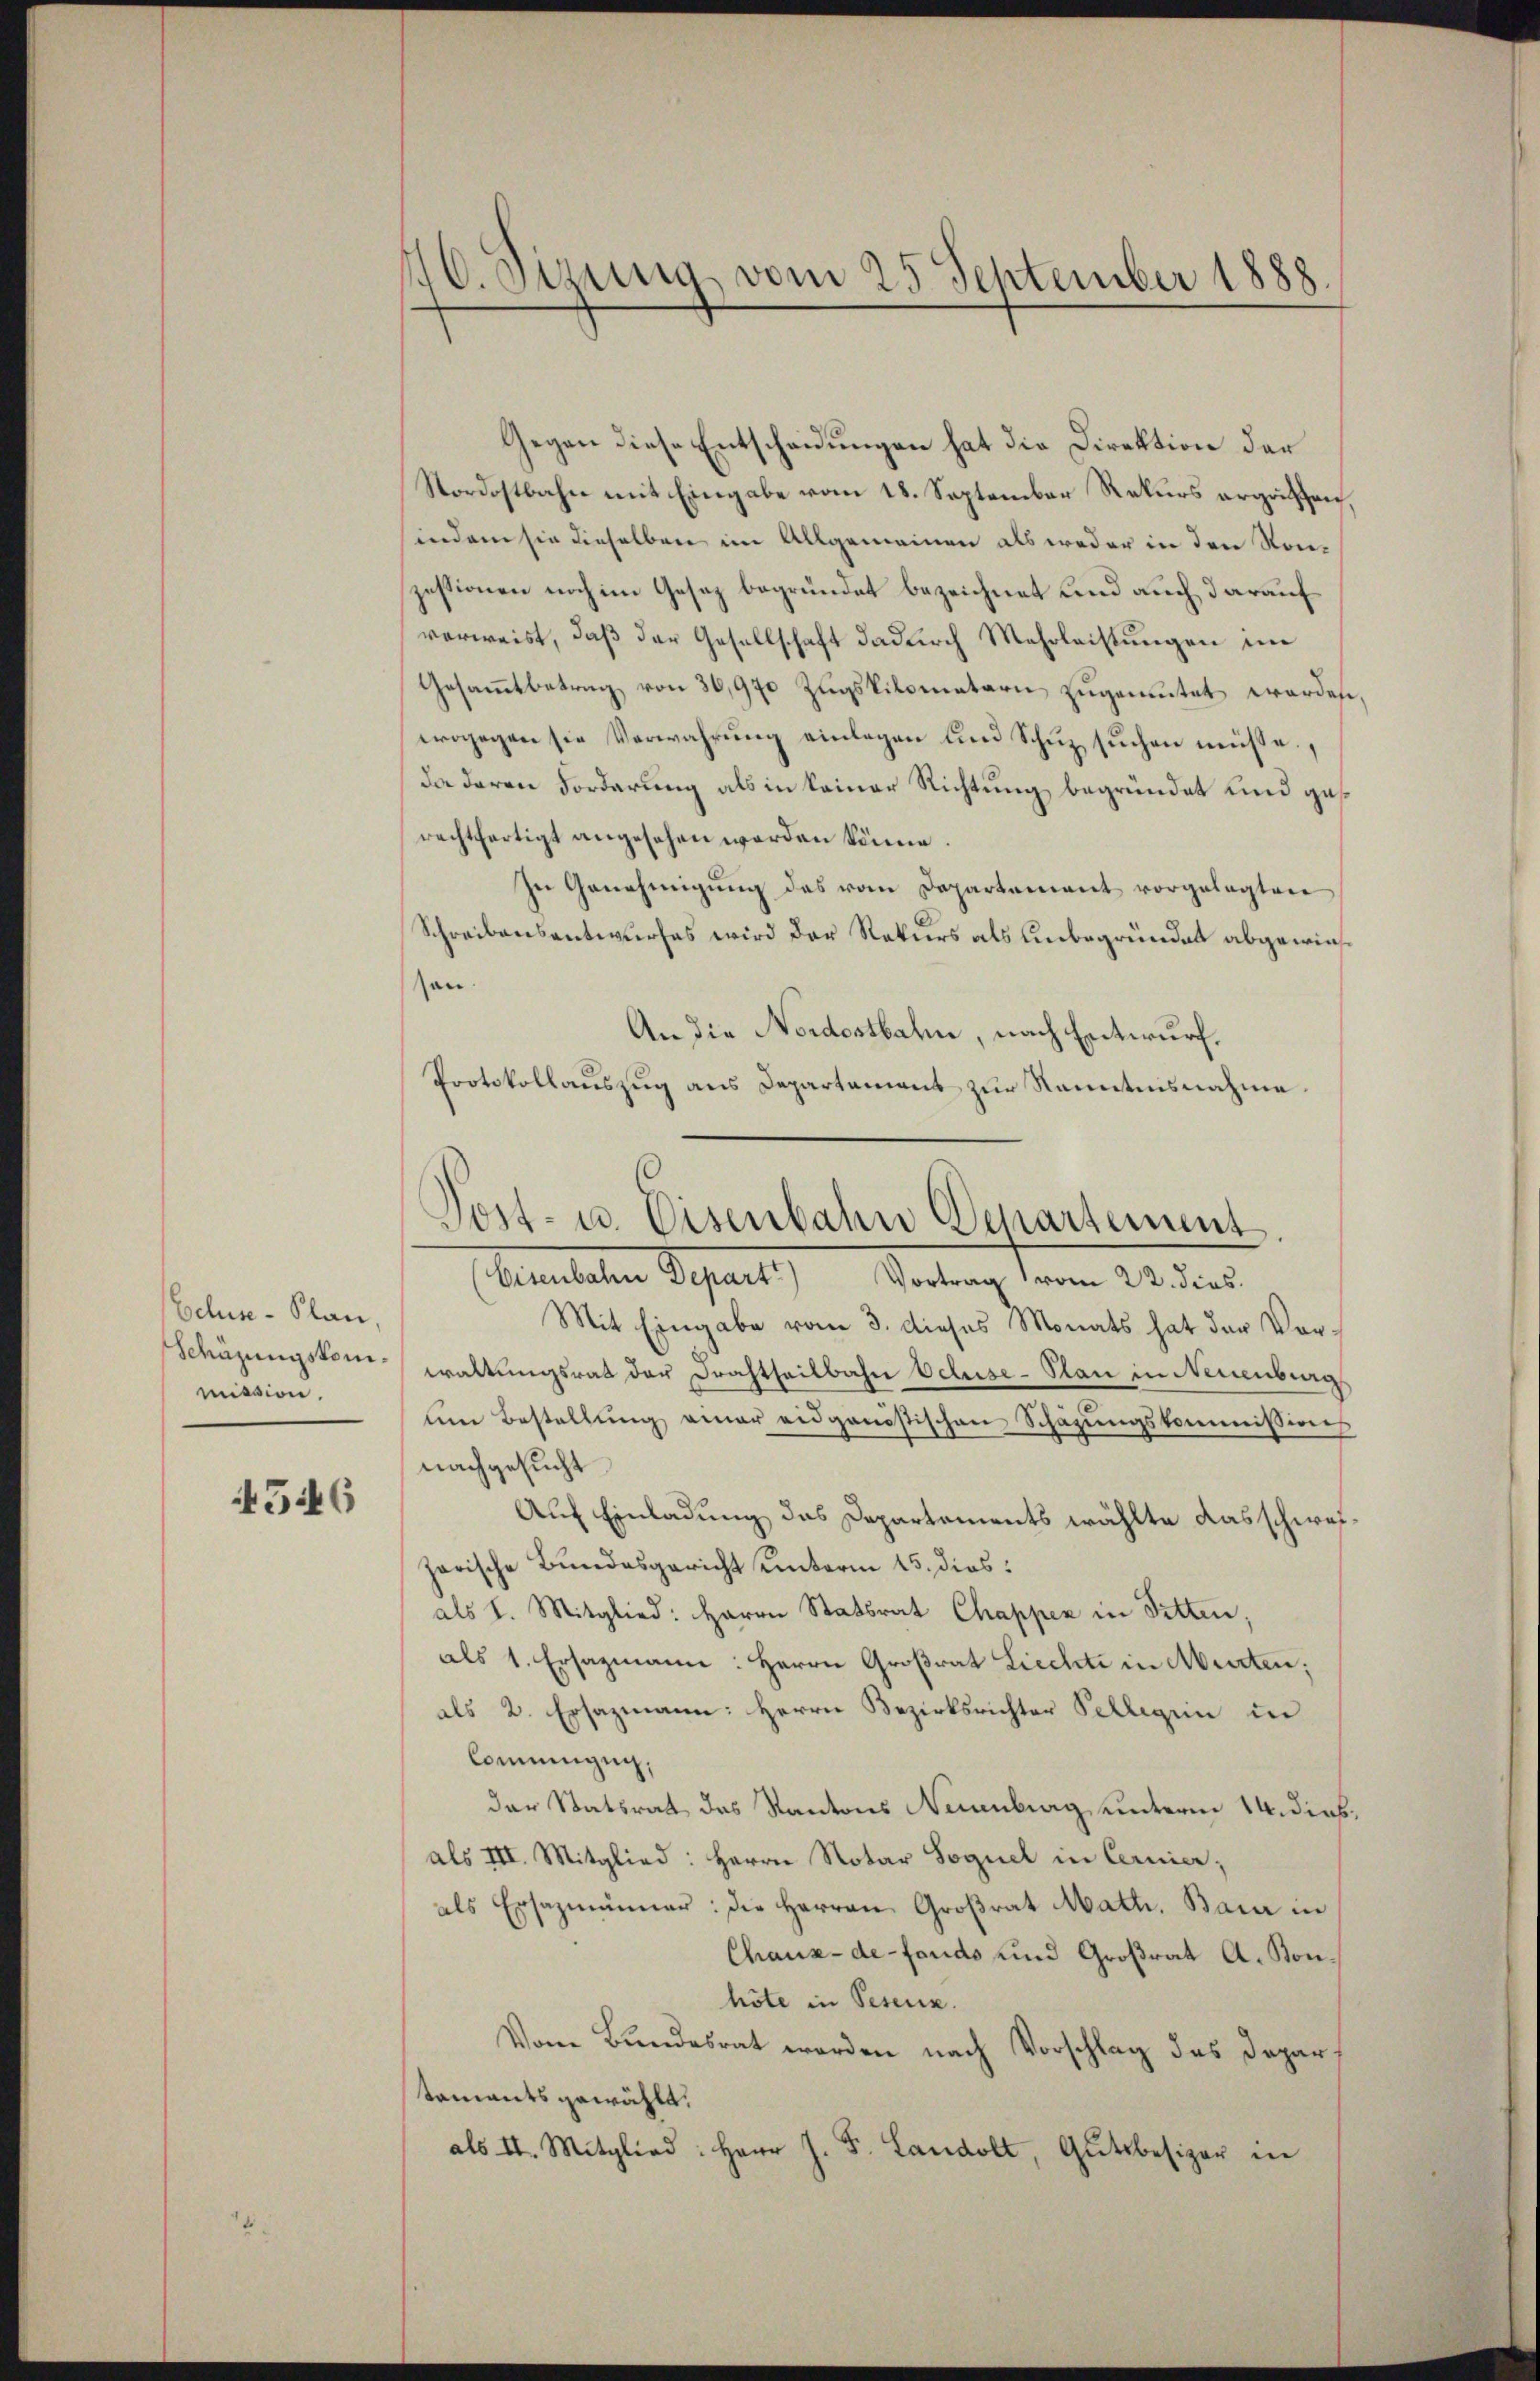
Ecluse-Plan,
Schäzungskommission.

4546

16. Sizung vom 25 September 1888.

Gegen diese Entscheidungen hat die Direktion der
Nordostbahn mit Eingabe vom 18. September Rekurs ergähren,
indem sie dieselben im Allgemeinen als weder in den Konzessionen noch im Gesez begründet bezeichnet und auch darauf
verweist, daß der Gesellschaft dadurch Mehrleistungen im
Gesammtbetrag von 30,970 Zugsvilomaterii zugemutet werden,
wogegen sie Verwahrung einlegen und Schuz suchen müsse.
da daran Forderung als in keiner Richtung begründet und ges
rechtfertigt angesehen werden könne.
In Genehmigŭng des vom Departement vorgelegten
Schreibensantwurfes wird der Rekurs als Unbegründen abgewiesan.
An die Nordostbahn, nach Entwurf.
Protokollauszug aus Departament zur Kenntnisnahme.
Mit Eingabe vom 3. dieses Monats hat der Vor-
waltungsrat der Drachtheilbahn Ochse-Plan in Neuenburg
um Bestellung einer eidgenöstischen Schazungskommissions
nachgesucht
Auf Einladung das Departements wählte das schweizarische Bundesgericht unterm 15. dies
als I. Mitglied: Herrn Statsrat Chappen in Pitten;
als 1. Ersazmann: Herrn Großrat Liechte in Murten;
als 2. Ersazmann: Herrn Bezirksrichter Pelligen in
Commugug.
der Statsrat das Kantons Neuenburg unterm 14. Diebals III. Mitglied: Herrn Notar Sequel in Cernier;
als Ersazmänner: die Herren Großrat Math. Bann in
Chaux-de-Fonds und Großrat A. Konhöte in Pesens.
Vom Bundesrat werden nach Vorschlag des Departaments gewählt.
als II. Mitglied: Herr J. F. Landolt, Gutsbesizer in

Post- u. Eisenbahn Departement
Aemteten Schart   Portung der Weiter